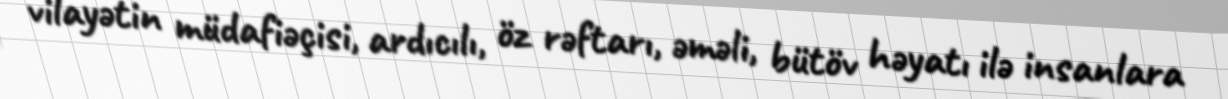
vilayətin müdafiəçisi, ardıcılı, öz rəftarı, əməli, bütöv həyatı ilə insanlara